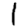
Digit: 1